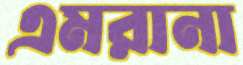
এমরানা